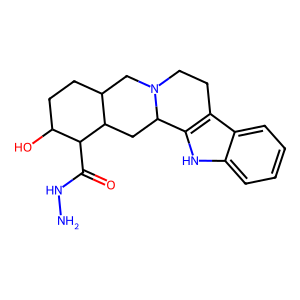
SMILES: NNC(=O)C1C(O)CCC2CN3CCc4c([nH]c5ccccc45)C3CC21
Inhibits HIV replication: No